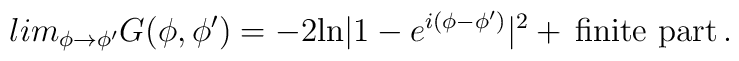
lim_{\phi \to \phi'} G(\phi, \phi') = -2{\rm ln}| 1- e^{i(\phi - \phi')}|^{2} + \, \mbox{finite part} \, .